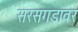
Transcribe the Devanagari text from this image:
सरसगडावर